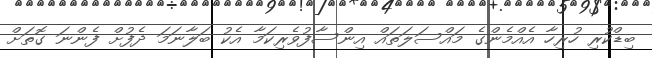
ބިޑްކުރި ހުރިހާ އެއްމެންގެ މައްސަލަތައް އިންސާފުވެރިކަމާ އެކު ބަލާނަމަ ދެފުށް ފެންނަ ގޮތަށް